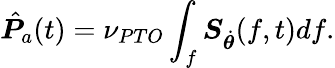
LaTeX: \hat{\boldsymbol{P}}_{a}(t)=\nu_{PTO}\int_{f}\boldsymbol{S}_{\dot{\boldsymbol{\theta}}}(f,t)df.